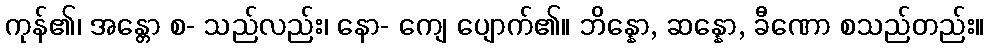
ကုန်၏၊ အန္တော စ- သည်လည်း၊ နော- ကျေ ပျောက်၏။ ဘိန္နော, ဆန္နော, ခီဏော စသည်တည်း။